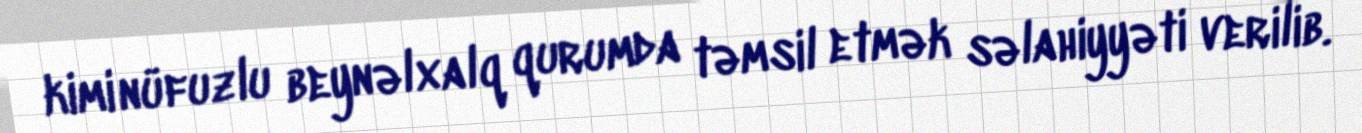
kimi nüfuzlu beynəlxalq qurumda təmsil etmək səlahiyyəti verilib.